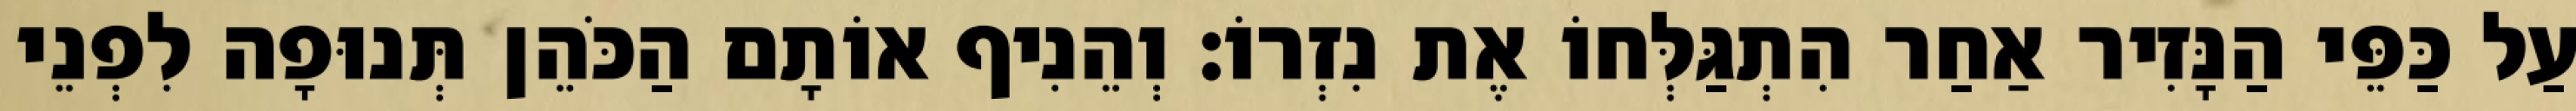
עַל כַּפֵּי הַנָּזִיר אַחַר הִתְגַּלְּחוֹ אֶת נִזְרוֹ׃ וְהֵנִיף אוֹתָם הַכֹּהֵן תְּנוּפָה לִפְנֵי